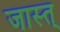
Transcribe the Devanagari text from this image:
जास्त्‌